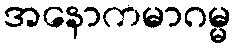
အနောကမာဂမ္မ